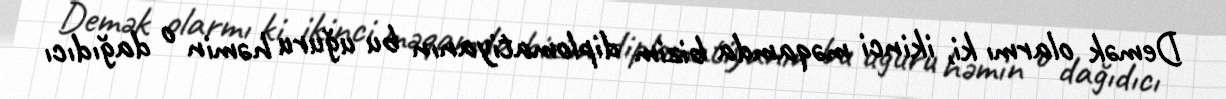
Demək olarmı ki, ikinci məqamda bizim diplomatiyanın bu uğuru həmin o dağıdıcı